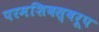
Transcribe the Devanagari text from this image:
परमशिवस्वरूप